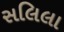
સલિલા